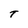
Character: T